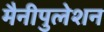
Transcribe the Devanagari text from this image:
मैनीपुलेशन